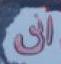
انى